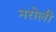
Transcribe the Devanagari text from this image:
नरोली